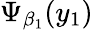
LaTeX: \Psi_{\beta_{1}}(y_{1})